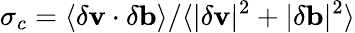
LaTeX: \sigma_{c}=\langle\delta\mathbf{v}\cdot\delta\mathbf{b}\rangle/\langle|\delta\mathbf{v}|^{2}+|\delta\mathbf{b}|^{2}\rangle